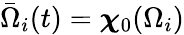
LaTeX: \bar{\Omega}_{i}(t)=\boldsymbol{\chi}_{0}(\Omega_{i})